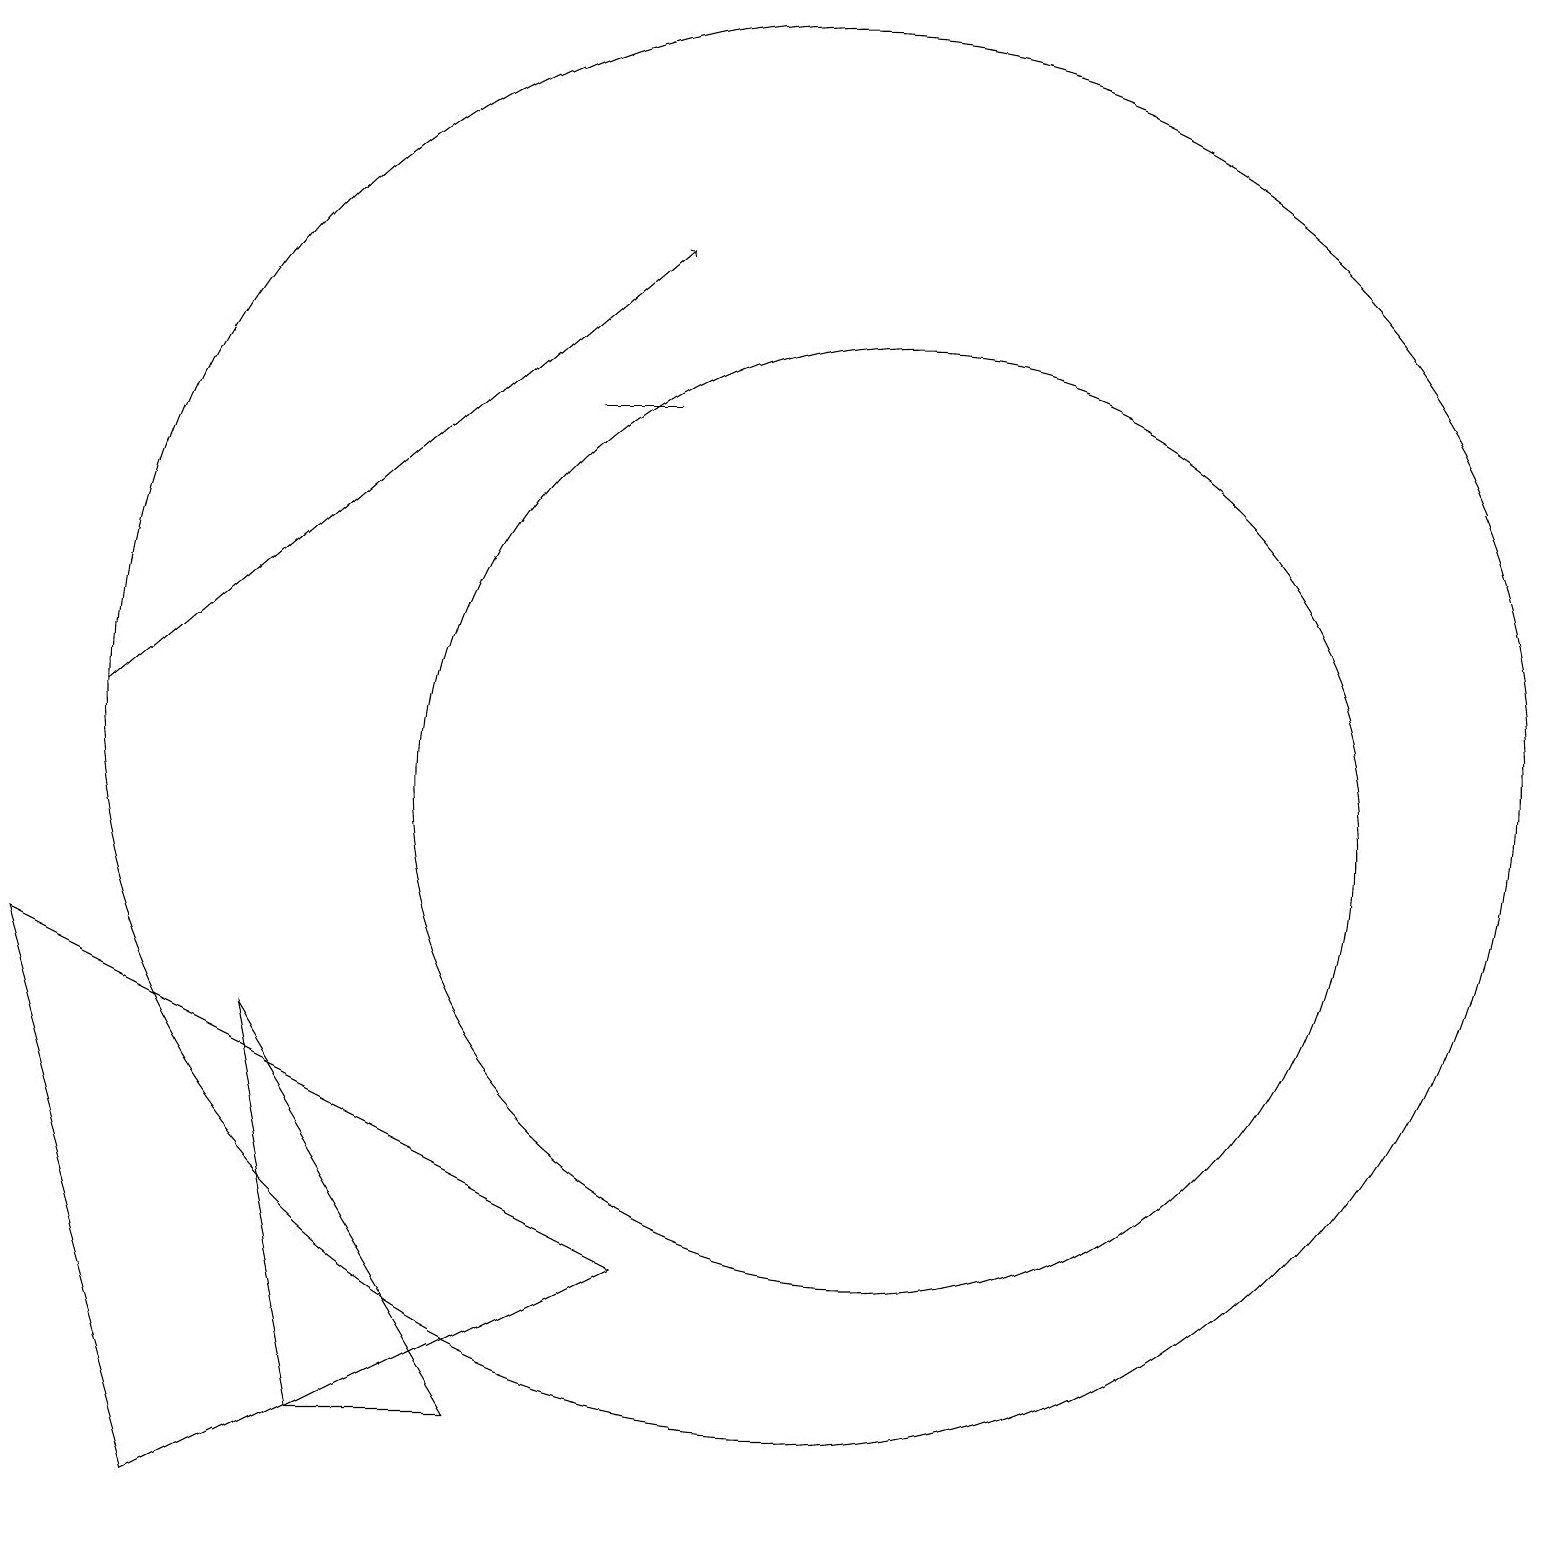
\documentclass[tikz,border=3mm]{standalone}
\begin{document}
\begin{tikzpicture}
\draw (11,11) circle (6);
\draw[->] (1,12) -- (8,18);
\draw (3,8) -- (4,3) -- (6,3) -- cycle;
\draw (10,12) circle (9);
\draw (8,5) -- (0,9) -- (2,2) -- cycle;
\draw (7,16) rectangle (8,16);
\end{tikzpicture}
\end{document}